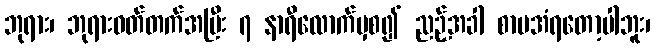
ဘုရား၊ ဘုရားဝတ်တက်အပြီး ၇ နာရီလောက်မှစ၍ ညဉ့်အခါ စာမအံရတော့ပါဘူး၊